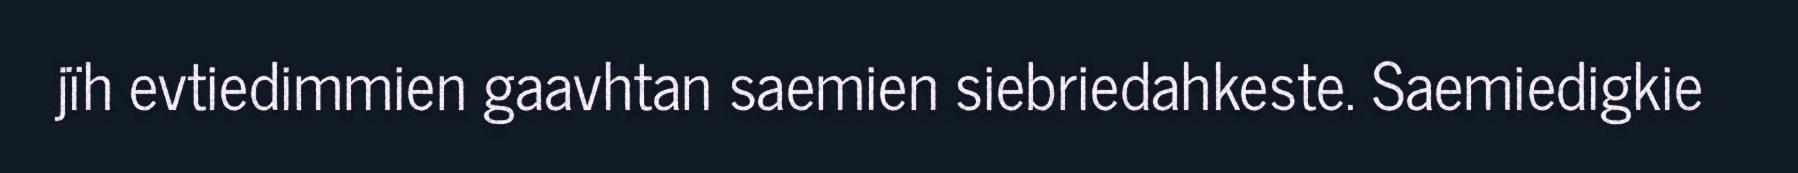
jïh evtiedimmien gaavhtan saemien siebriedahkeste. Saemiedigkie